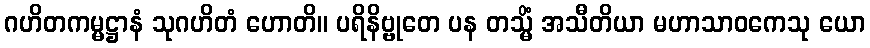
ဂဟိတကမ္မဋ္ဌာနံ သုဂဟိတံ ဟောတိ။ ပရိနိဗ္ဗုတေ ပန တသ္မိံ အသီတိယာ မဟာသာဝကေသု ယော